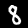
Digit: 8